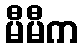
မီမီက